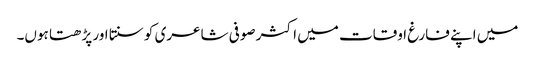
میں اپنے فارغ اوقات میں اکثر صوفی شاعری کو سنتا اور پڑھتا ہوں۔